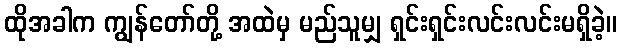
ထိုအခါက ကျွန်တော်တို့ အထဲမှ မည်သူမျှ ရှင်းရှင်းလင်းလင်းမရှိခဲ့။